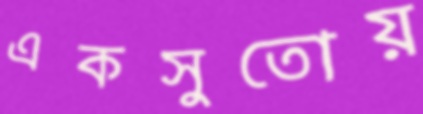
একসুতোয়